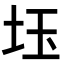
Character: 𡊩